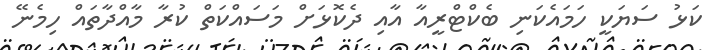
ކަޅު ސަޔަކީ ހަމައެކަނި ބެކްޓްރީއާ އާއި ދެކޮޅަށް މަސައްކަތް ކުރާ މާއްދާތައް ހިމެނޭ